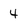
Character: 4